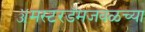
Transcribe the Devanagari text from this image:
ॲमस्टरडॅमजवळच्या